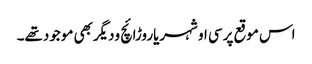
اس موقع پرسی او شہریاروڑائچ ودیگربھی موجودتھے۔